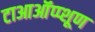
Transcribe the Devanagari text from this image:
टाआऑंप्प्शूण